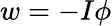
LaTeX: w=-I\phi